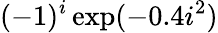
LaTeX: (-1)^{i}\exp(-0.4i^{2})